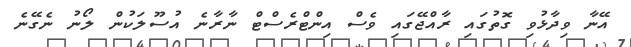
އޭނާ ވިދާޅުވި ގޮތުގައި ރާއްޖޭގައި ވެސް އިންޓްރެސްޓް ނާރާނެ އުސޫލަކުން ލޯނު ނެގޭނެ